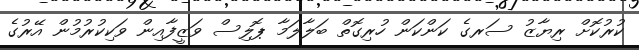
ކުރުކޮށް ރިޔާޒު ސަރގެ ކަންކަން ހުރިގޮތް ބަލާލަމާ ޕޮލިސް ވަޒީފާއިން ވަކިކުރުމުން އޭރުގެ